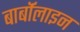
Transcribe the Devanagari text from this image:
बार्बॉलाइन